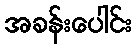
အခန်းပေါင်း